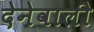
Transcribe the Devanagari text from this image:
देनेवालीे